Report on the working of the Ranchi Indian Mental Hospital, Kanke, in Bihar and Orissa - 1930-1940
Year: 1930
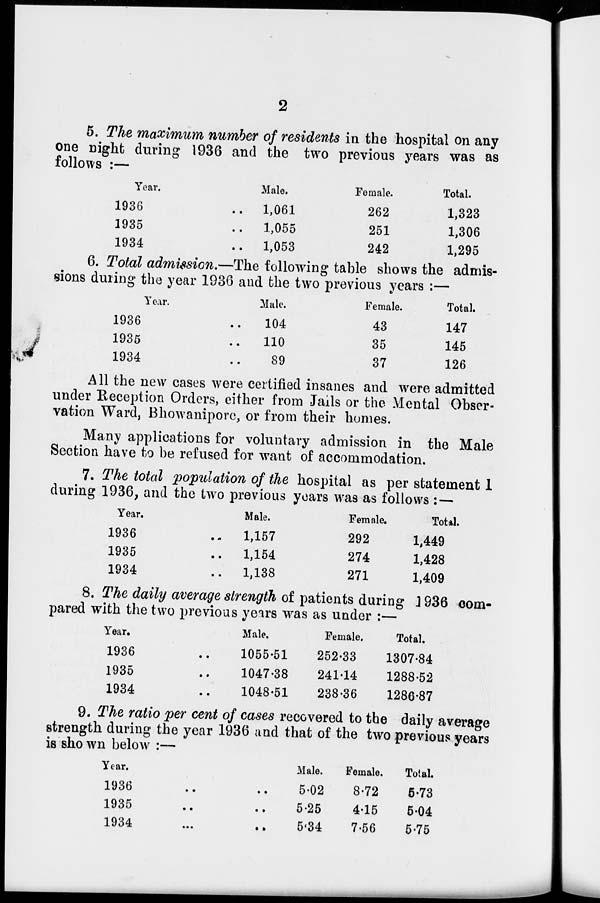
2
5. The maximum number of residents in the hospital on any
one night during 1936 and the two previous years was as
follows :—
Year.
1936 ..
1935 ..
1934 ..
Male.
1,061
1,055
1,053
Female.
262
251
242
Total.
1,323
1,306
1,295
6. Total admission.—The following table shows the admis-
sions during the year 1936 and the two previous years :—
Year.
1936 ..
1935 ..
1934 ..
Male.
104
110
89
Female.
43
35
37
Total.
147
145
126
All the new cases were certified insanes and were admitted
under Reception Orders, either from Jails or the Mental Obser-
vation Ward, Bhowanipore, or from their homes.
Many applications for voluntary admission in the Male
Section have to be refused for want of accommodation.
7. The total population of the hospital as per statement 1
during 1936, and the two previous years was as follows : —
Year.
1936 ..
1935 ..
1934 ..
Male.
1,157
1,154
1,138
Female.
292
274
271
Total.
1,449
1,428
1,409
8. The daily average strength of patients during 1936 com-
pared with the two previous years was as under :—
Year.
1936 ..
1935 ..
1934 ..
Male.
1055.51
1047.38
1048.51
Female.
252.33
241.14
238.36
Total.
1307.84
1288.52
1286.87
9. The ratio per cent of cases recovered to the daily average
strength during the year 1936 and that of the two previous years
is shown below :—
Year.
1936 .. ..
1935
..
..
1934
..
..
Male.
5.02
5.25
5.34
Female.
8.72
4.15
7.56
Total.
5.73
5.04
5.75